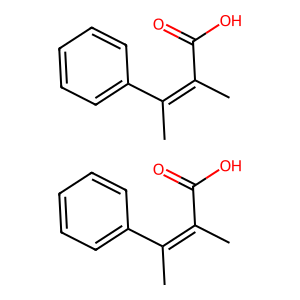
SMILES: CC(C(=O)O)=C(C)c1ccccc1.CC(C(=O)O)=C(C)c1ccccc1
Inhibits HIV replication: No